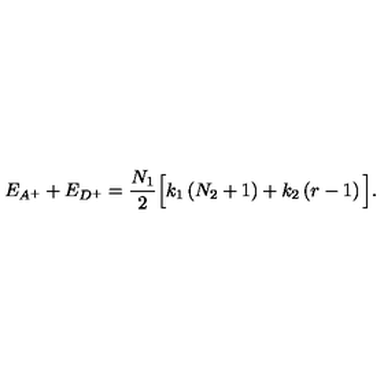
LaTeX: E _ { A ^ { + } } + E _ { D ^ { + } } = \frac { N _ { 1 } } { 2 } \Big [ k _ { 1 } \left( N _ { 2 } + 1 \right) + k _ { 2 } \left( r - 1 \right) \Big ] .